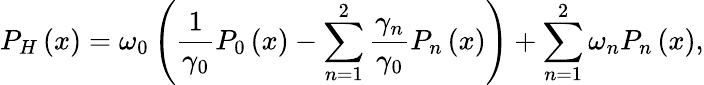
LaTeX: P_{H}\left(x\right)=\omega_{0}\left(\frac{1}{\gamma_{0}}P_{0}\left(x\right)-\sum_{n=1}^{2}\frac{\gamma_{n}}{\gamma_{0}}P_{n}\left(x\right)\right)+\sum_{n=1}^{2}\omega_{n}P_{n}\left(x\right),